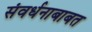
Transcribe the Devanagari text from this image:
संवर्धनाबाबत